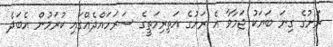
ރަށުގެ ގިނަ ބަޔަކު ޖަމާވާ އެ ރަށުގެ އަތިރިމަތީގެ ސަރަހައްދެއްގައި ކުރަމުން އެބަދެ